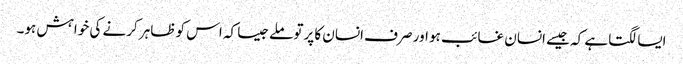
ایسا لگتاہے کہ جیسے انسان غائب ہو اور صرف انسان کا پرتو ملےجیسا کہ اس کو ظاہر کرنے کی خواہش ہو۔